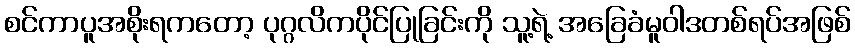
စင်ကာပူအစိုးရကတော့ ပုဂ္ဂလိကပိုင်ပြုခြင်းကို သူ့ရဲ့ အခြေခံမူဝါဒတစ်ရပ်အဖြစ်